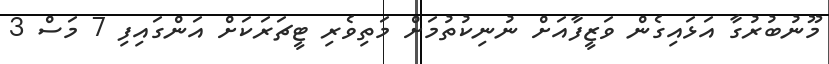
މޫނުބުރުގާ އަޅައިގެން ވަޒީފާއަށް ނުނިކުތުމަށް މަތިވެރި ޓީޗަރަކަށް އަންގައިފި 7 މަސް 3